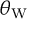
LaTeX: \theta _ { \mathrm { { W } } }